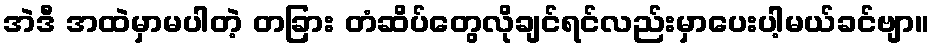
အဲဒီ အထဲမှာမပါတဲ့ တခြား တံဆိပ်တွေလိုချင်ရင်လည်းမှာပေးပါ့မယ်ခင်ဗျာ။